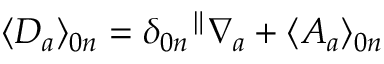
\langle { \cal D } _ { a } \rangle _ { 0 n } = \delta _ { 0 n } { } ^ { \parallel } \nabla _ { a } + \langle { \cal A } _ { a } \rangle _ { 0 n }